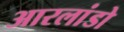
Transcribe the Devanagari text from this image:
आरलांडो